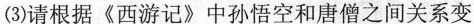
(3)请根据《西游记》中孙悟空和唐僧之间关系变